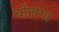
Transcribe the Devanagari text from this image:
वोलगा